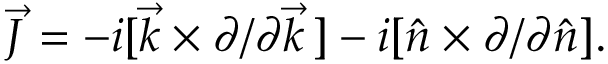
\vec { J } = - i [ \vec { k } \times \partial / \partial \vec { k } \, ] - i [ \hat { n } \times \partial / \partial \hat { n } ] .